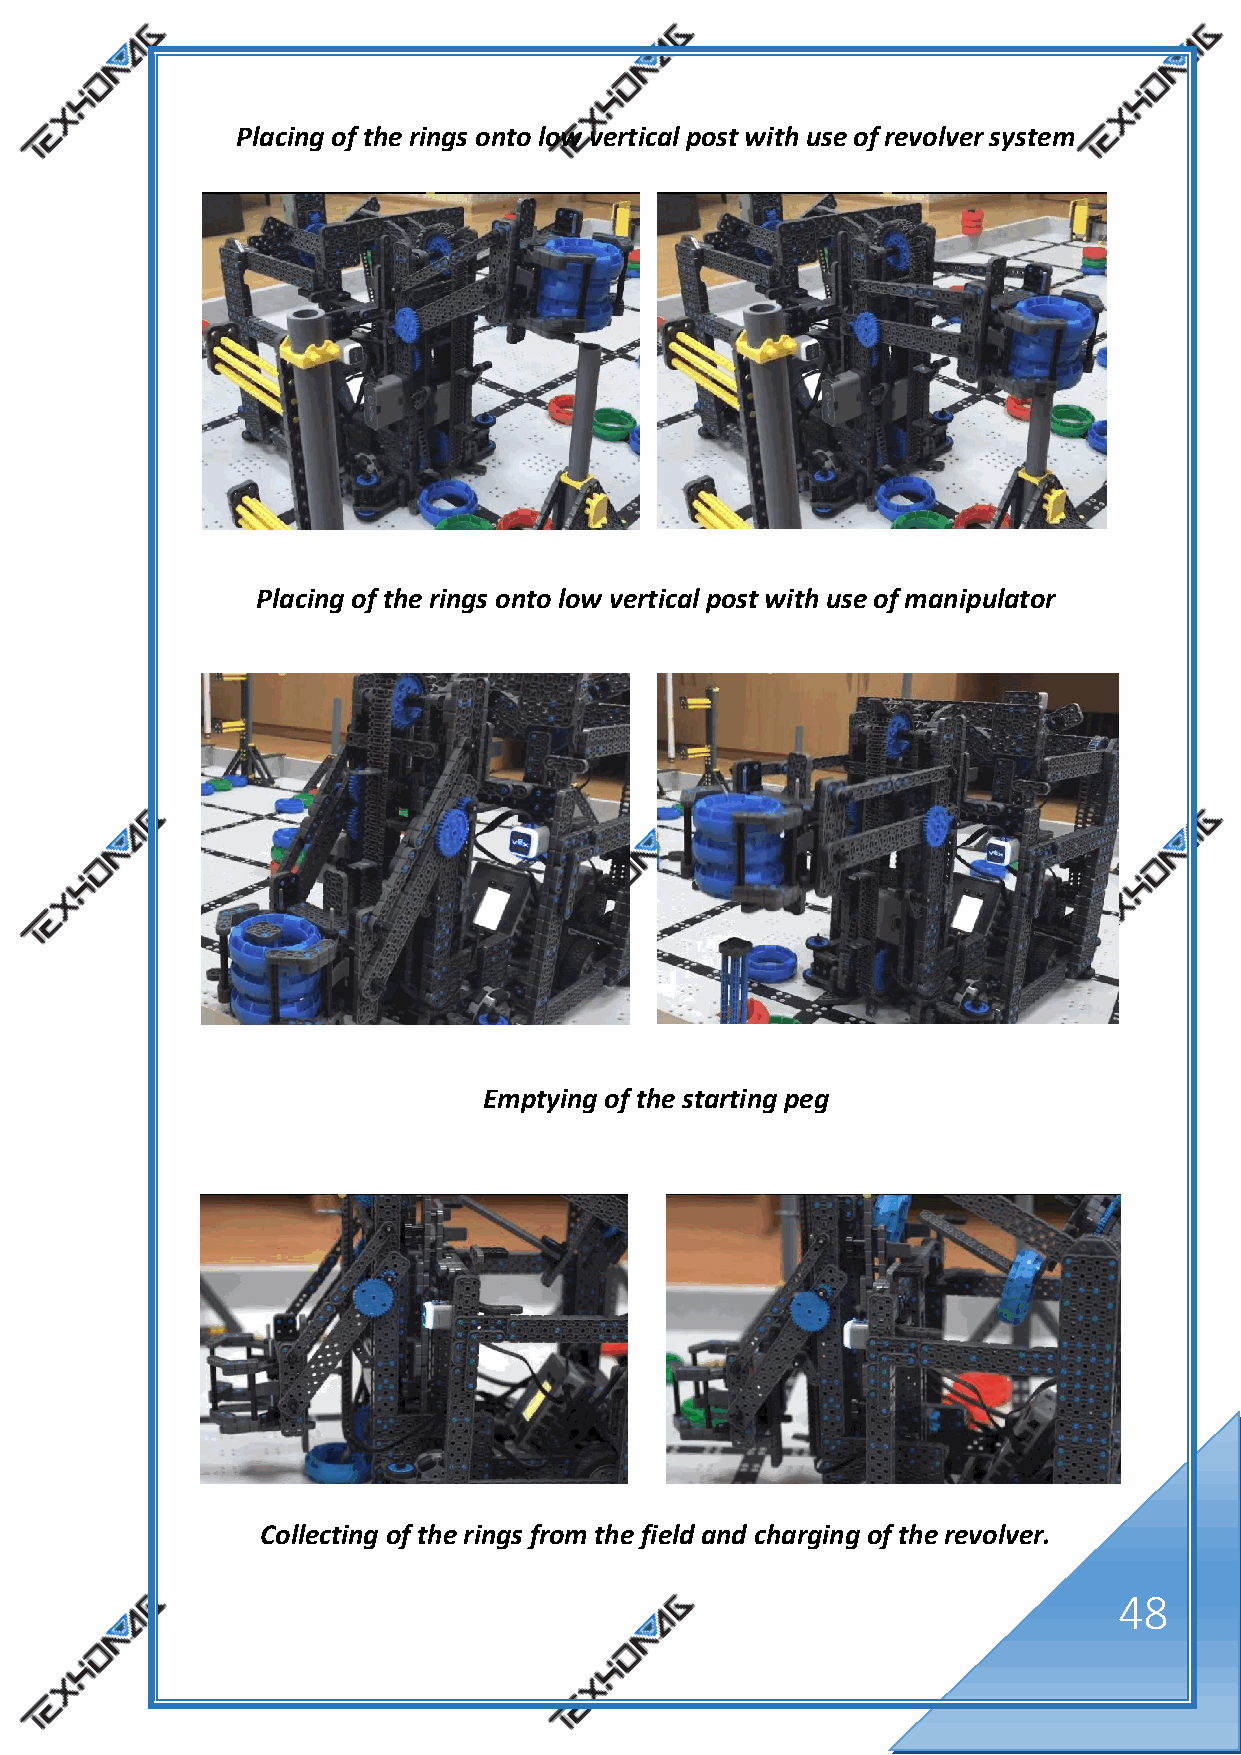
Placing of the rings onto low vertical post with use of revolver system
 Placing of the rings onto low vertical post with use of manipulator
 Emptying of the starting peg
 Collecting of the rings from the field and charging of the revolver.
 48